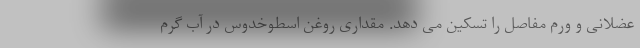
عضلانی و ورم مفاصل را تسکین می دهد. مقداری روغن اسطوخدوس در آب گرم